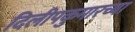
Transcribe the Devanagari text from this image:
दिलीपकुमारच्या